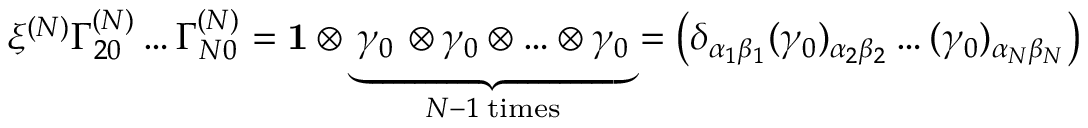
\xi ^ { ( N ) } \Gamma _ { 2 0 } ^ { ( N ) } \ldots \Gamma _ { N 0 } ^ { ( N ) } = { \bf 1 } \otimes \, \underbrace { \gamma _ { 0 } \, \otimes \gamma _ { 0 } \otimes \ldots \otimes \gamma _ { 0 } } _ { N - 1 \; \mathrm { t i m e s } } = \left( \delta _ { \alpha _ { 1 } \beta _ { 1 } } ( \gamma _ { 0 } ) _ { \alpha _ { 2 } \beta _ { 2 } } \ldots ( \gamma _ { 0 } ) _ { \alpha _ { N } \beta _ { N } } \right)